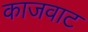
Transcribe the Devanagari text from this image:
काजवाट